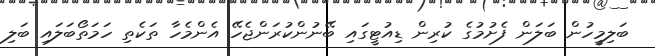
ބަލިމީހުން ބަލަން ފެށުމުގެ ކުރިން ޑިއުޓީގައި ބޭނުންކުރަންޖެހޭ އެންމެހާ ތަކެތި ހަމަތޯބަލައި ބަލި